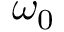
\omega _ { 0 }